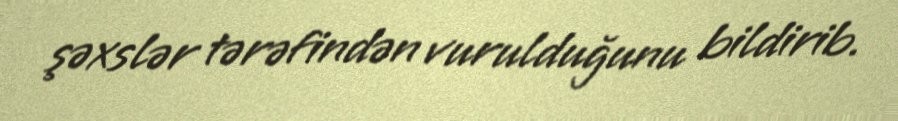
şəxslər tərəfindən vurulduğunu bildirib.